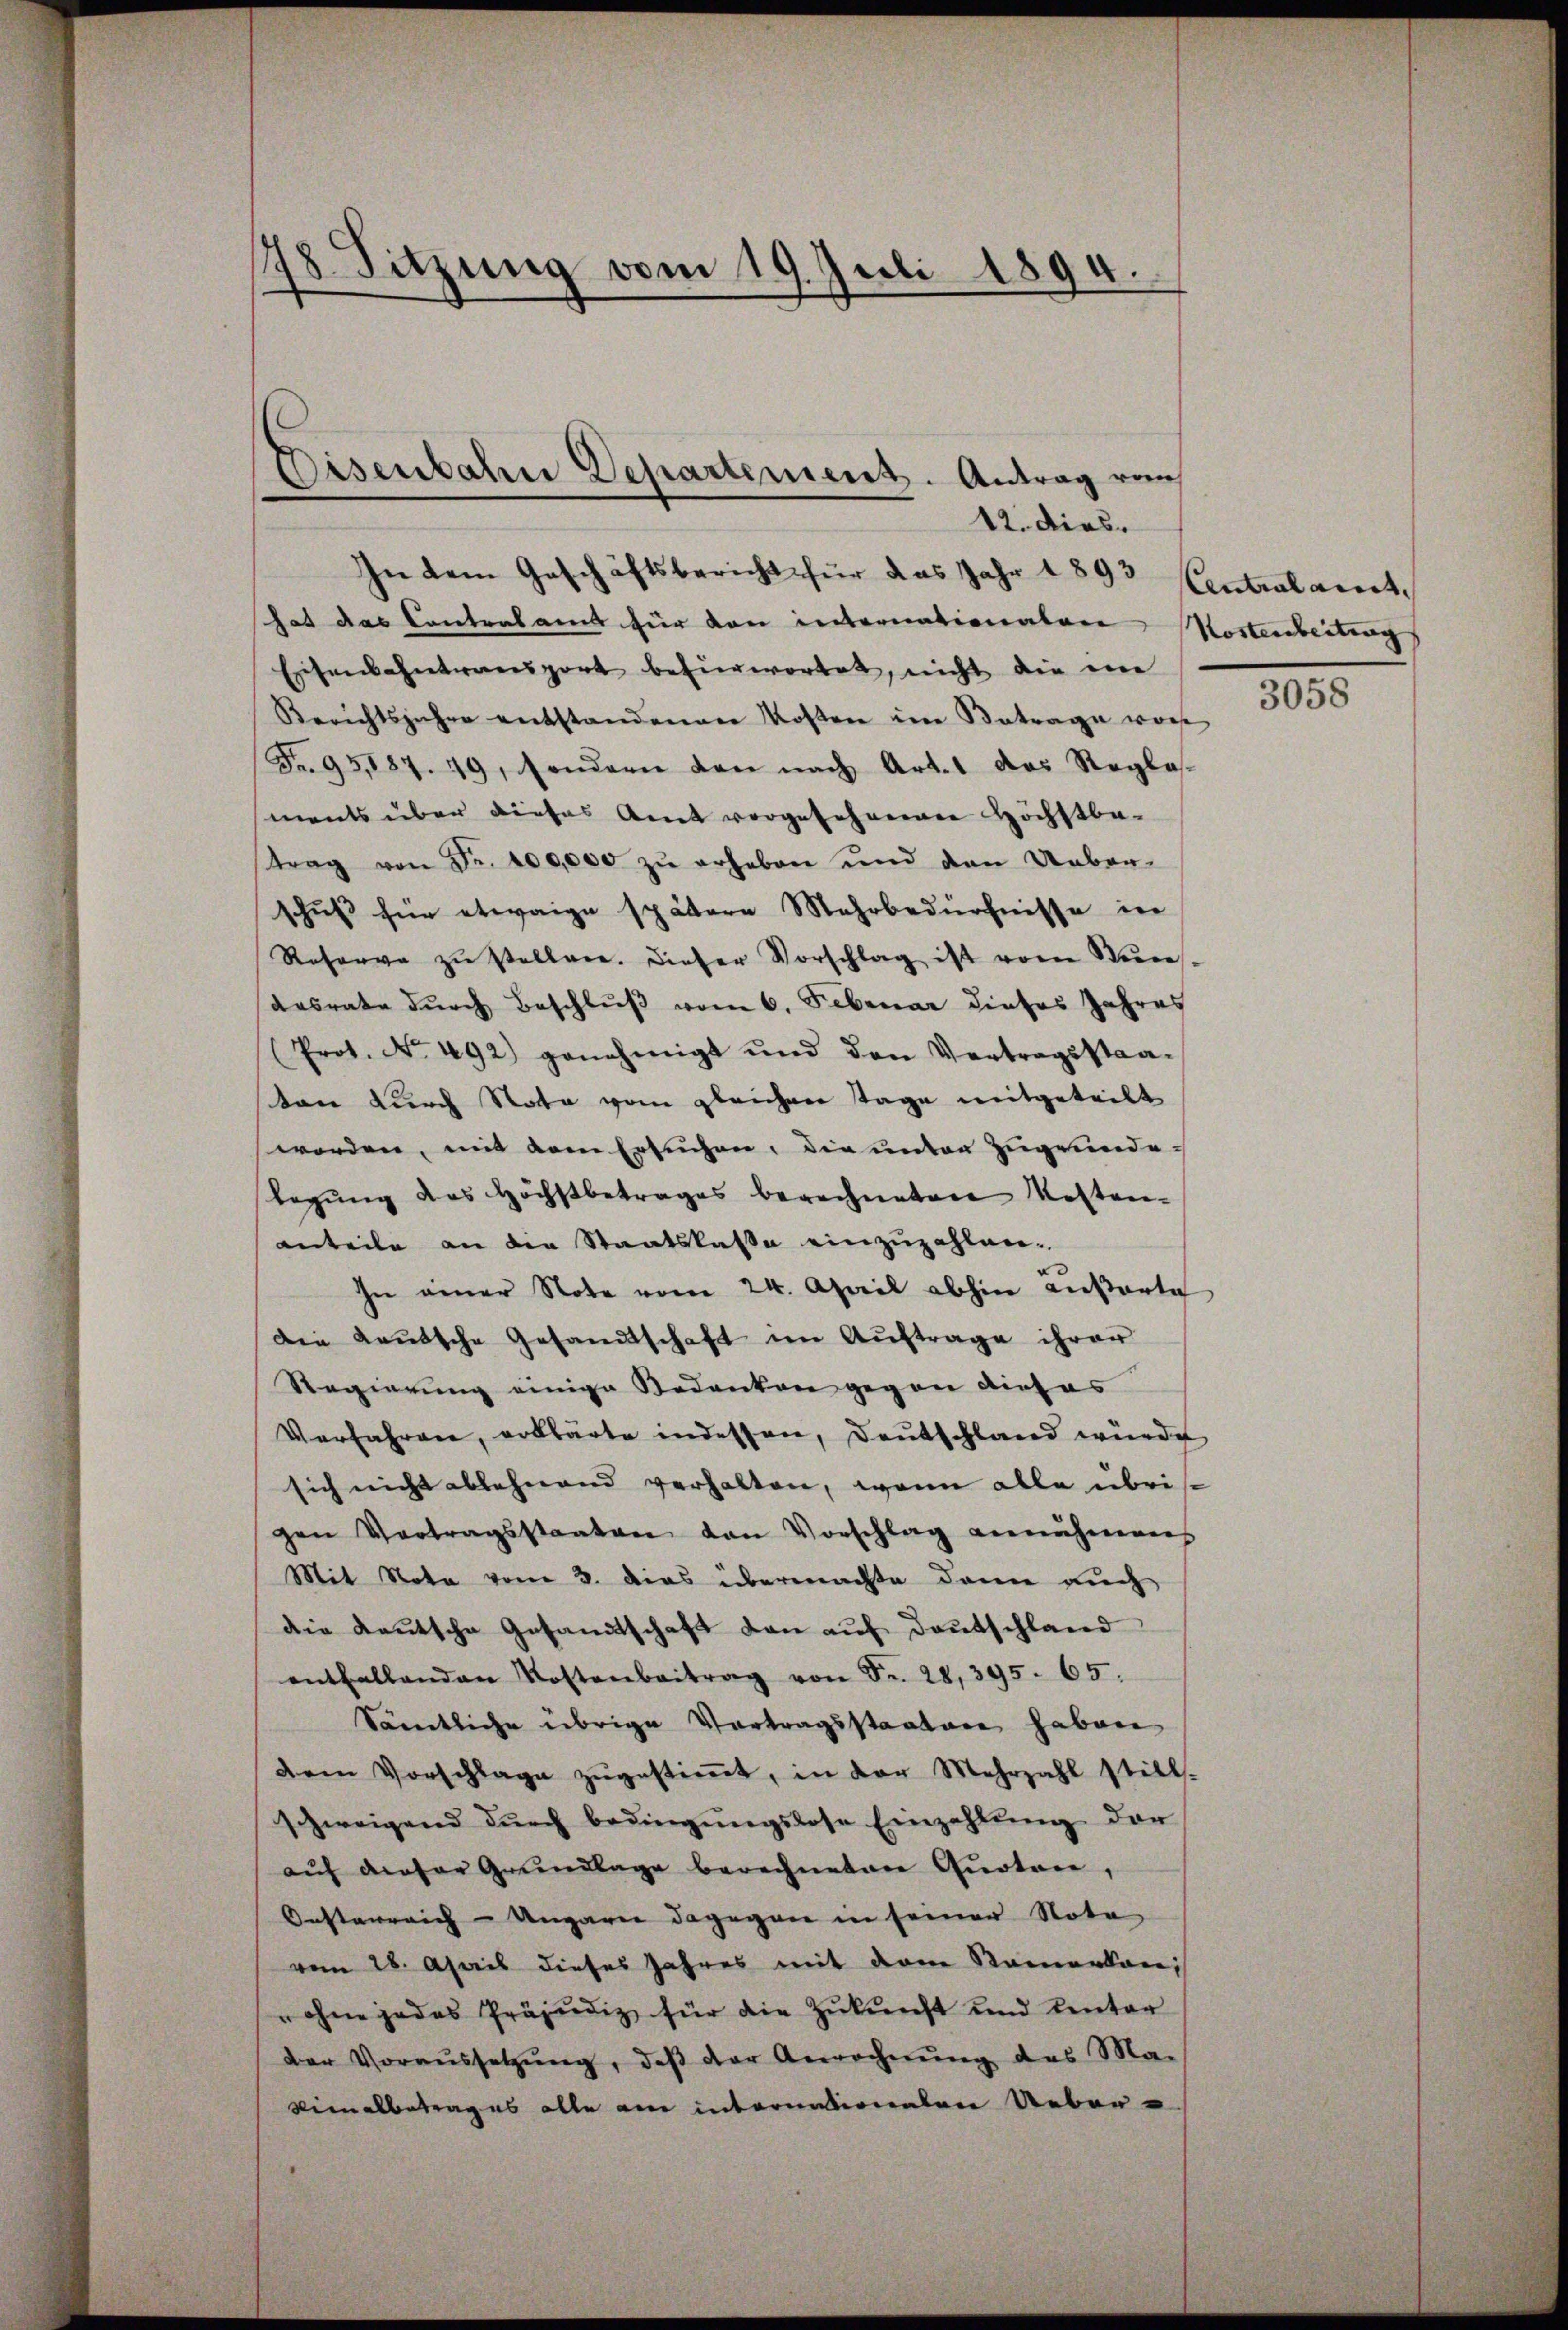
78. Sitzung vom 19. Juli 1894.

In dem Geschäftsbericht für das Jahr 1893
hat das Contralamt für den internationalen
Eisenbahntransport befürwortet, nicht die ein
Berichtsjahre entstandenen Kosten im Betrage vor
Fr. 95,187. 49, sondern dan nach Artes des Reglas-
ments über dieses Amt vorgesehenden Höchstbetrag von Fr. 100,000 zŭ erheben und den Ueber-
schuß für etwaige spätere Mehrbedürfnisse in
Reserve zŭ stellen. Dieser Vorschlag ist vom Stude
desrate dŭrch Beschlŭβ vom 6. Februar dieses Jahres
Prot. No. 492) genehmigt und den Vertragsstra-
ton durch Note vom gleichen Tage mitgeteilt
worden, mit dem Ersuchen, die unter zugrundelegung des Höchstbetrages berechneten Kosten-
anteile an die Staatskasse einzuzahlen-
In einer Note vom 24. April abhin außerte
Die Lautsche Gesandtschaft im Auftrage ihrer
Regierung einige Redenken gegen dieses
Verfahren, erklärte indessen, Deutschland würde
sich nicht ablehnend verhalten, wenn alle übris
gen Vortragsstaaten van Vorschlag annehmen
Mit Nota vom 3. dies übermachte dann auch
die Reutsche Gesandtschaft dan auf Deutschland
entfallenden Kostenbeitrag von Fr. 28, 395. 65.
Sämtliche übrige Vortragsstaaten haben
dem Vorschlage zŭgestiṁt, in der Mehrzahl still-
schweigend durch bedingungslose Einzahlung der
aŭf dieser Grŭndlage berechneten Quotene,
Oesterreich – Ungarie dagegen in seiner Nota
vom 28. Apriis dieses Jahres mit dem Namentani
ohne jedes Präjudiz für die Zŭkŭnft und Einter
Der Voraŭssetzŭng, daβ der Anrechnŭng des Ma-
vimalbetrages alle am internationalen Ueber¬

Disenbahn Departement. Antrag vom
12. dies

Central ait
Kostenbeitung

3058